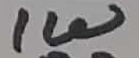
Text: 1W